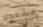
مشغولا